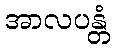
အာလပန္တံ